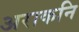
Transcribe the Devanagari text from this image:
अराकनि